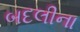
બદલીના